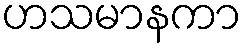
ဟသမာနကာ